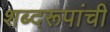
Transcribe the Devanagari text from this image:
शब्दरूपांची